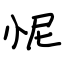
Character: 怩